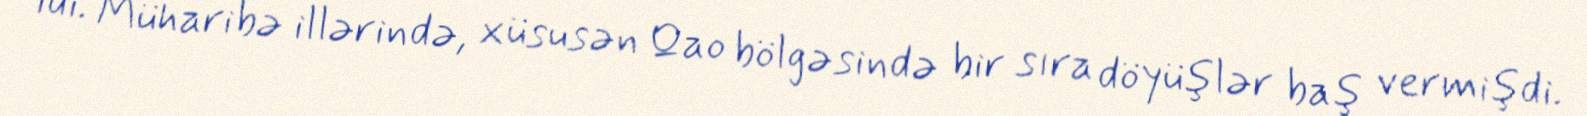
idi. Müharibə illərində, xüsusən Qao bölgəsində bir sıra döyüşlər baş vermişdi.